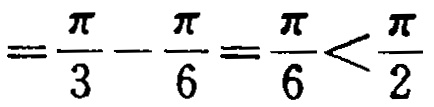
$=\frac{\pi}{3}-\frac{\pi}{6}=\frac{\pi}{6}<\frac{\pi}{2}$